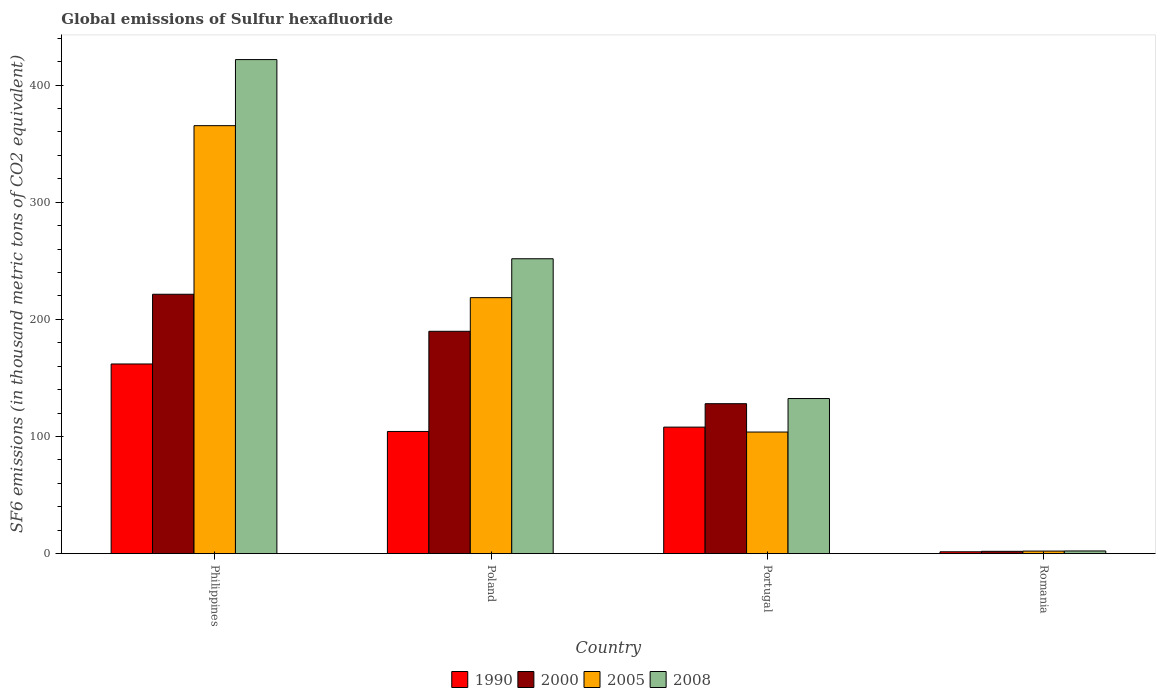
| Country | 1990 | 2000 | 2005 | 2008 |
 | --- | --- | --- | --- | --- |
 | Philippines | 162 | 221 | 365 | 422 |
 | Poland | 104 | 190 | 218 | 252 |
 | Portugal | 108 | 128 | 104 | 132 |
 | Romania | 1.6 | 2 | 2.2 | 2.3 |